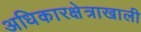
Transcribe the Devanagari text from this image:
अधिकारक्षेत्राखाली